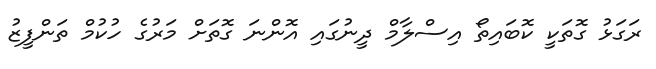
ރަގަޅު ގޮތަކީ ކޮބައިތޯ އިސްލާމް ދީނުގައި އޮންނަ ގޮތަށް މަރުގެ ހުކުމް ތަންފީޒު